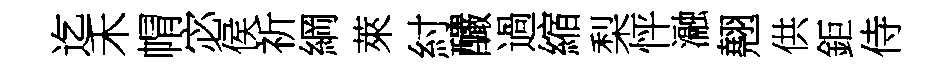
迄禾㡌宓侯祈綱萊紂釅過縮梨怦瀜翹供鉅侍